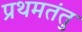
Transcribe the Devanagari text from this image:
प्रथमतंतु